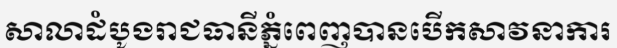
សាលាដំបូងរាជធានីភ្នំពេញបានបើកសាវនាការ